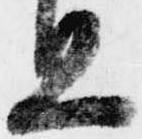
旦